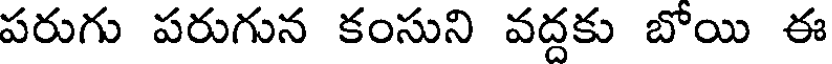
పరుగు పరుగున కంసుని వద్దకు బోయి ఈ